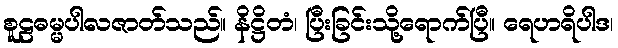
စူဠဓမ္မပါလဇာတ်သည်။ နိဋ္ဌိတံ၊ ပြီးခြင်းသို့ရောက်ပြီ။ ရေဟရိပါဒ၊